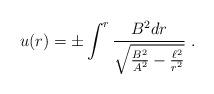
LaTeX: \begin{align*}u(r) = \pm \int^r \frac{B^2 dr}{\sqrt{\frac{B^2}{A^2} - \frac{\ell^2}{r^2}}}~.\end{align*}